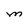
Character: M